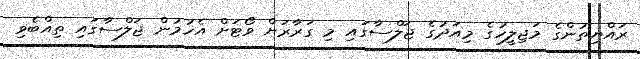
ރައްޔިތުންގެ މަޖިލީހުގެ މިއަދުގެ ޖަލްސާގައި މި ގަރާރަށް ވޯޓަށް އެހުމުން ޖަލްސާގައި ތިއްބެވި